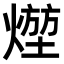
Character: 𤍣